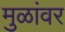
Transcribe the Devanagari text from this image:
मुळांवर